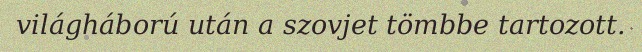
világháború után a szovjet tömbbe tartozott.